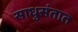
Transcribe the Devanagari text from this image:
साधुसंतात